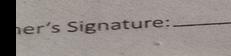
Signature authenticity: genuine